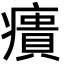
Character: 㿉